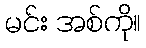
မင်း အစ်ကို။